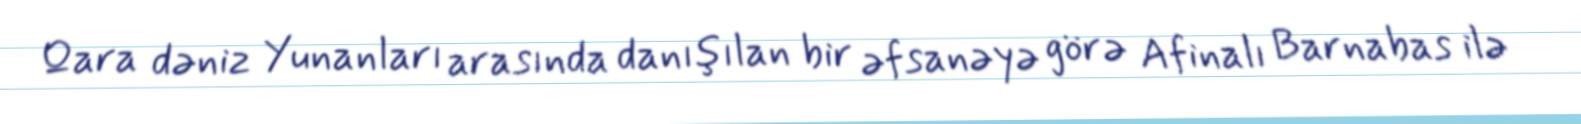
Qara dəniz Yunanları arasında danışılan bir əfsanəyə görə Afinalı Barnabas ilə